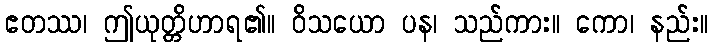
ဧတဿ၊ ဤယုတ္တိဟာရ၏။ ဝိသယော ပန၊ သည်ကား။ ကော၊ နည်း။